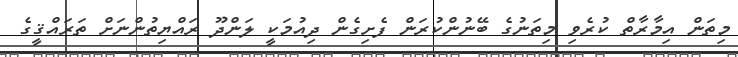
މިތަން އިމާރާތް ކުރެވި މިތަނުގެ ބޭނުންކުރަން ފެށިގެން ދިއުމަކީ ލަންދޫ ރައްޔިތުންނަށް ތަރައްޤީގެ